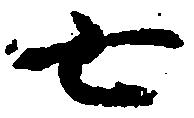
七